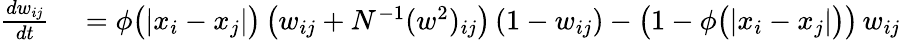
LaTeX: \begin{array}{rl}{\frac{dw_{ij}}{dt}}&{{}=\phi\big(|x_{i}-x_{j}|\big)\, \big(w_{ij}+N^{-1}(w^{2})_{ij}\big)\, (1-w_{ij})-\big(1-\phi\big(|x_{i}-x_{j}|\big)\big)\, w_{ij}}\end{array}